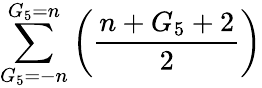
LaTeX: \sum_{G_{5}=-n}^{G_{5}=n}\left(\frac{n+G_{5}+2}{2}\right)